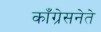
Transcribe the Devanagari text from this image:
काँग्रेसनेते